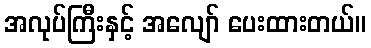
အလုပ်ကြီးနှင့် အလျော် ပေးထားတယ်။